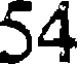
54